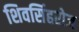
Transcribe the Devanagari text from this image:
शिवसिंहरोज